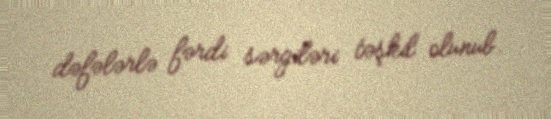
dəfələrlə fərdi sərgiləri təşkil olunub.